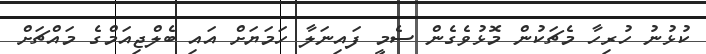
ކުޅުނު ހުރިހާ މެޗަކުން މޮޅުވެގެން ސެމީ ފައިނަލާ ހަމަޔަށް އައި ބެލްޖިއަމްގެ މައްޗަށް